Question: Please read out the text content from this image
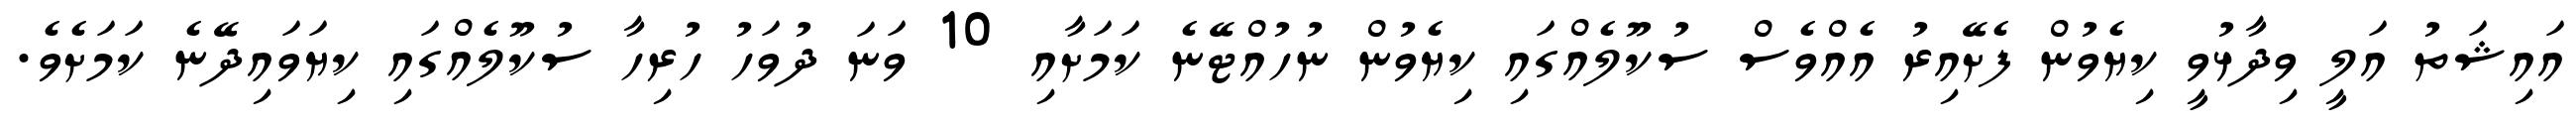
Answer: އައިޝަތު އަލީ ވިދާޅުވީ ކިޔެވުން ފެށޭއިރު އެއްވެސް ސުކޫލެއްގައި ކިޔެވުން ނުހުއްޓޭނެ ކަމަށާއި 10 ވަނަ ދުވަހު ހުރިހާ ސުކޫލެއްގައި ކިޔަވައިދޭނެ ކަމަށެވެ.